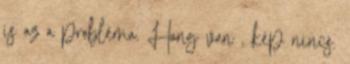
is az a probléma. Hang van , kép nincs.